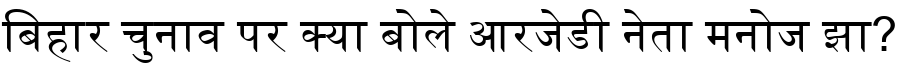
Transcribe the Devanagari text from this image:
बिहार चुनाव पर क्या बोले आरजेडी नेता मनोज झा?